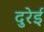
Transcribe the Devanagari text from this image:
दुरेई